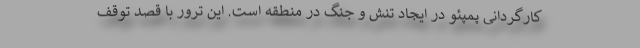
کارگردانی پمپئو در ایجاد تنش و جنگ در منطقه است. این ترور با قصد توقف